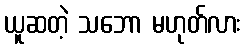
ယူဆတဲ့ သဘော မဟုတ်လား